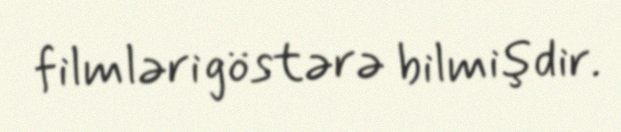
filmləri göstərə bilmişdir.